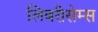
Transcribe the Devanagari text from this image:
लिबरीसेम्स